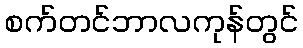
စက်တင်ဘာလကုန်တွင်